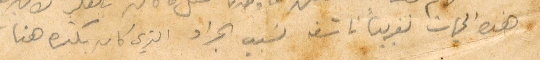
هذه الجهات تقريبًا ناشفة بسبب الجراد الذي كان بكترة هنا